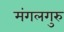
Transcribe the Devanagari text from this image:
मंगलगुरु